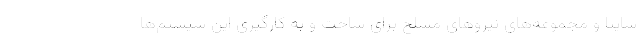
سايپا و مجموعه‌هاي نيروهاي مسلح براي ساخت و به كارگيري اين سيستم‌ها